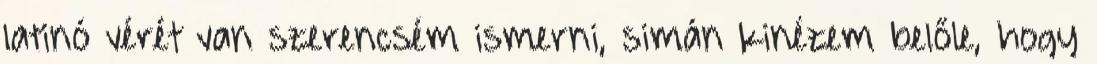
latinó vérét van szerencsém ismerni, simán kinézem belőle, hogy